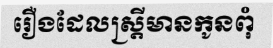
រឿងដែលស្ត្រីមានកូនពុំ